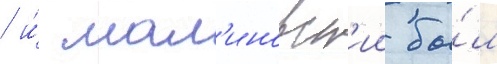
/ и́ мал'иновск'ии бы́л